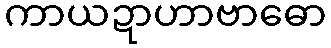
ကာယဍာဟာဗာဓော